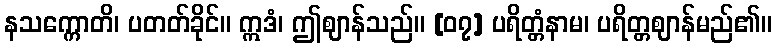
နသက္ကောတိ၊ ပတတ်ခိုင်။ ဣဒံ၊ ဤဈာန်သည်။ [၀၇] ပရိတ္တံနာမ၊ ပရိတ္တဈာန်မည်၏။